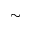
\sim